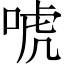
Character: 唬